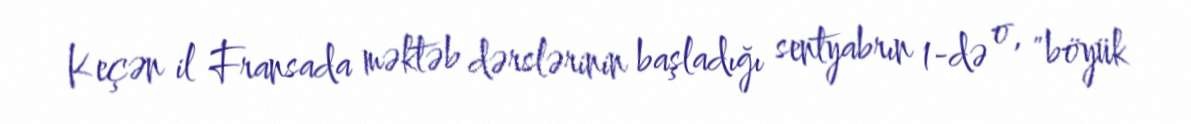
Keçən il Fransada məktəb dərslərinin başladığı sentyabrın 1-də o, "böyük